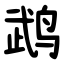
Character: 鹉